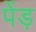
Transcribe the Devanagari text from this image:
पेंड़